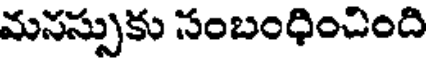
మనస్సుకు సంబంధించింది